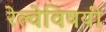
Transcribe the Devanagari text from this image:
रेल्वेविषयी